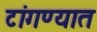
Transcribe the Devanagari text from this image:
टांगण्यात